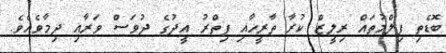
ބޮޑެތި ފިލްމުތައް ރިލީޒް ކުރާ ތާރީހާއި ފިތްރު އީދުގެ ދުވަސް ވަރާއި ދިމާވެއެވެ.